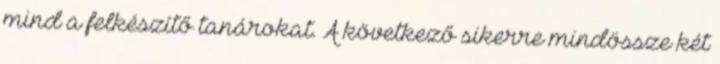
mind a felkészítő tanárokat. A következő sikerre mindössze két